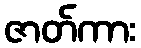
ဇာတ်ကား